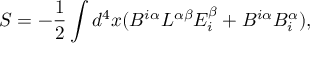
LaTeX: S = - { \frac { 1 } { 2 } } \int d ^ { 4 } x ( B ^ { i \alpha } { \cal L } ^ { \alpha \beta } E _ { i } ^ { \beta } + B ^ { i \alpha } B _ { i } ^ { \alpha } ) ,